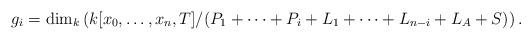
LaTeX: \begin{align*}g_i= \dim_k \left( k[x_0, \dots , x_n,T]/(P_1 +\cdots +P_i+L_1+\cdots +L_{n-i}+L_A+S)\right).\end{align*}